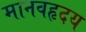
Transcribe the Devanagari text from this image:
मानवहृदय